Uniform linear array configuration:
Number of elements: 48
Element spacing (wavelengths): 0.75
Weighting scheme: hann
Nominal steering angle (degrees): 30
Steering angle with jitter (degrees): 28.12
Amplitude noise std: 0.05
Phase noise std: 0.05

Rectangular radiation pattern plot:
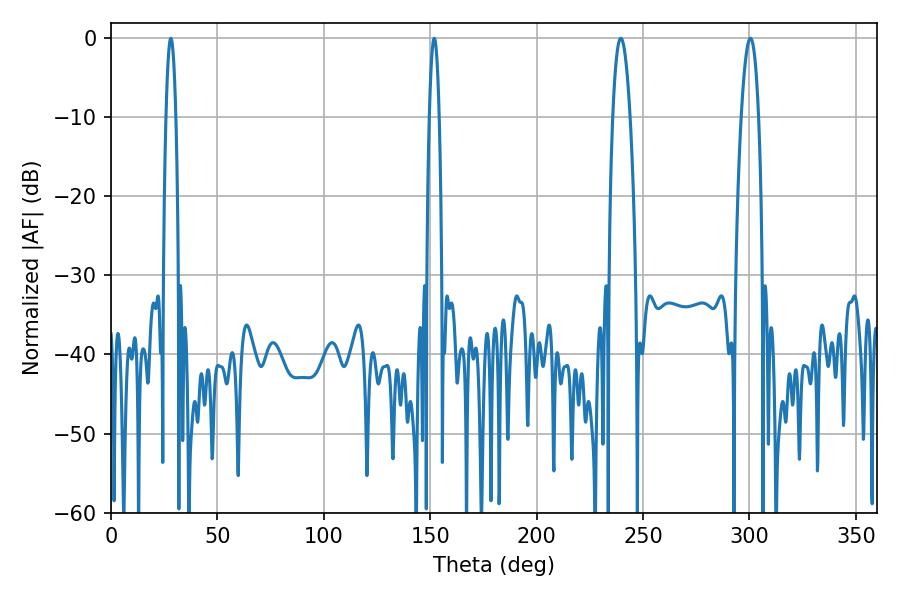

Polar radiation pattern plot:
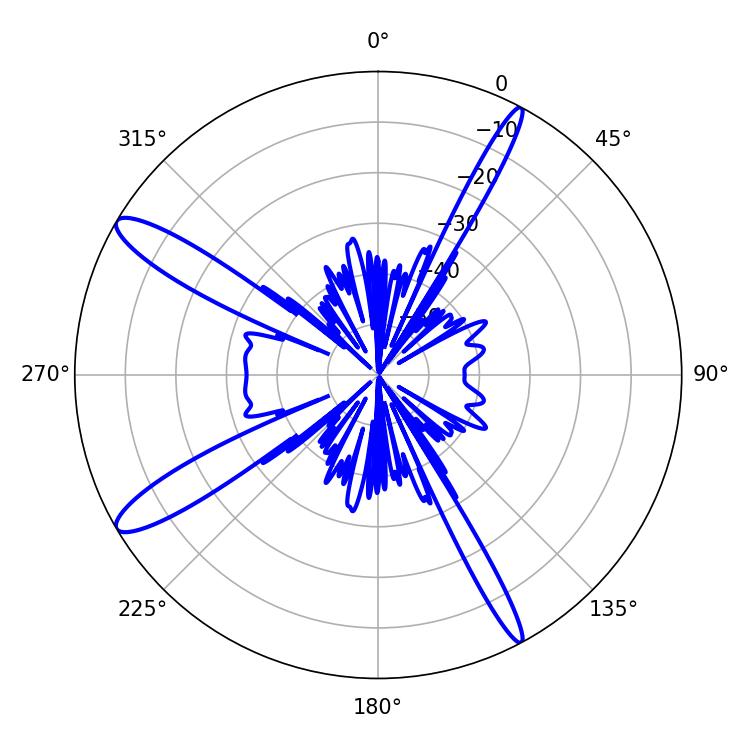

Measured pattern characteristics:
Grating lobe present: TRUE
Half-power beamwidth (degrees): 4.5
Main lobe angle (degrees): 300.42